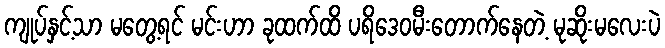
ကျုပ်နှင့်သာ မတွေ့ရင် မင်းဟာ ခုထက်ထိ ပရိဒေဝမီးတောက်နေတဲ့ မုဆိုးမလေးပဲ